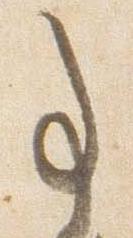
事